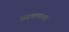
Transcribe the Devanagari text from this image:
अग्रक्रमावर